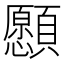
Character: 𩕮